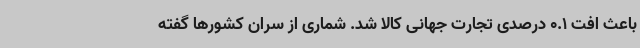
باعث افت 0.1 درصدی تجارت جهانی کالا شد. شماری از سران کشورها گفته